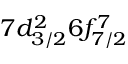
7 d _ { 3 / 2 } ^ { 2 } 6 f _ { 7 / 2 } ^ { 7 }